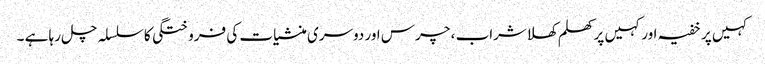
کہیں پر خفیہ اور کہیں پر کھلم کھلاشراب ، چرس اور دوسری منشیات کی فروختگی کا سلسلہ چل رہا ہے ۔